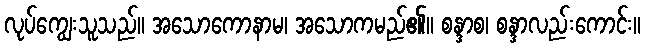
လုပ်ကျွေးသူသည်။ အသောကောနာမ၊ အသောကမည်၏။ စန္ဒာစ၊ စန္ဒာလည်းကောင်း။